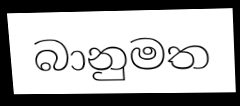
බානුමත